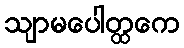
သျာမပေါတ္ထကေ